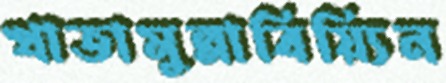
খাতামুন্নাবিয়্যিন